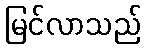
မြင်လာသည်